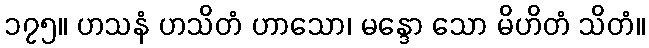
၁၇၅။ ဟသနံ ဟသိတံ ဟာသော၊ မန္ဒော သော မိဟိတံ သိတံ။